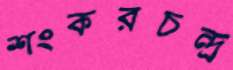
শংকরচন্দ্র